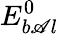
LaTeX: E_{b\mathscr{A}l}^{0}